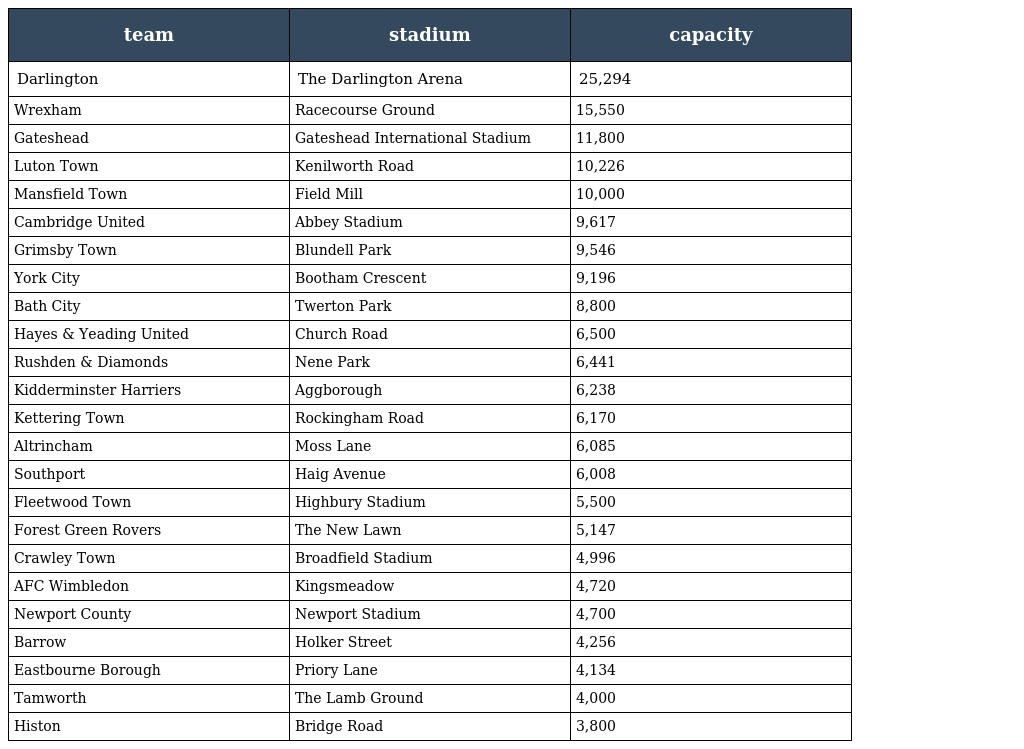
| team | stadium | capacity |
 | --- | --- | --- |
 | Darlington | The Darlington Arena | 25,294 |
 | Wrexham | Racecourse Ground | 15,550 |
 | Gateshead | Gateshead International Stadium | 11,800 |
 | Luton Town | Kenilworth Road | 10,226 |
 | Mansfield Town | Field Mill | 10,000 |
 | Cambridge United | Abbey Stadium | 9,617 |
 | Grimsby Town | Blundell Park | 9,546 |
 | York City | Bootham Crescent | 9,196 |
 | Bath City | Twerton Park | 8,800 |
 | Hayes & Yeading United | Church Road | 6,500 |
 | Rushden & Diamonds | Nene Park | 6,441 |
 | Kidderminster Harriers | Aggborough | 6,238 |
 | Kettering Town | Rockingham Road | 6,170 |
 | Altrincham | Moss Lane | 6,085 |
 | Southport | Haig Avenue | 6,008 |
 | Fleetwood Town | Highbury Stadium | 5,500 |
 | Forest Green Rovers | The New Lawn | 5,147 |
 | Crawley Town | Broadfield Stadium | 4,996 |
 | AFC Wimbledon | Kingsmeadow | 4,720 |
 | Newport County | Newport Stadium | 4,700 |
 | Barrow | Holker Street | 4,256 |
 | Eastbourne Borough | Priory Lane | 4,134 |
 | Tamworth | The Lamb Ground | 4,000 |
 | Histon | Bridge Road | 3,800 |